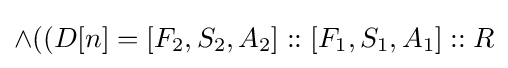
\land ((D[n]=[F_{2},S_{2},A_{2}]::[F_{1},S_{1},A_{1}]::R